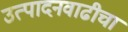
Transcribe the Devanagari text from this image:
उत्पादनवाढीचा